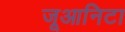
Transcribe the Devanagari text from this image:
जूआनिटा